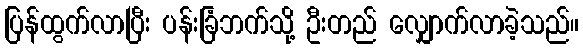
ပြန်ထွက်လာပြီး ပန်းခြံဘက်သို့ ဦးတည် လျှောက်လာခဲ့သည်။